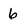
Character: 6